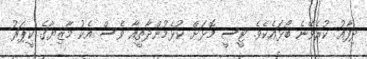
ދިފާއު ކުރެވޭނެ ބޯޅައެކެވެ. ޓީސީ މޮޅަށް ކުޅެމުންދާތީއާ ވެސް އެކު މާޒިޔާގެ ކީޕަރު